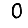
Digit: 0